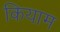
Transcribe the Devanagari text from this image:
कियाम